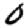
Digit: 0